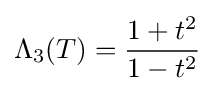
\Lambda _{3}(T)={\frac {1+t^{2}}{1-t^{2}}}